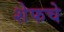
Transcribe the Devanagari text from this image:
शेफचे